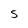
Character: S